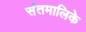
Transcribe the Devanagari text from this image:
संतमालिके